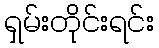
ရှမ်းတိုင်းရင်း